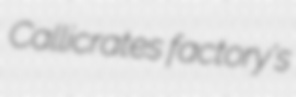
Callicrates factory's